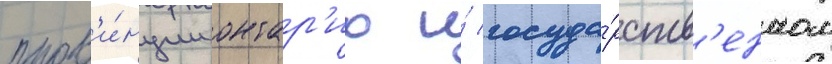
пров'и́нции онтар'ио и́ госуда́рств'енном